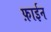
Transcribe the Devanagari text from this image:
फ़ाईन